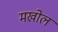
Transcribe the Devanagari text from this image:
मखोल